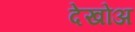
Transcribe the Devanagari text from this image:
देखोअ